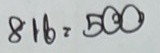
816 = 500